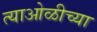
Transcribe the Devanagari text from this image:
त्याओळीच्या